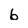
Character: 6